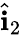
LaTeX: \hat{\mathbf i}_{2}